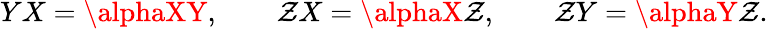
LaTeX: YX=\alphaXY,\qquad\mathcal{Z}X=\alphaX\mathcal{Z},\qquad\mathcal{Z}Y=\alphaY\mathcal{Z}.